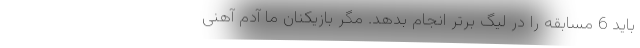
باید 6 مسابقه را در لیگ برتر انجام بدهد. مگر بازیکنان ما آدم آهنی